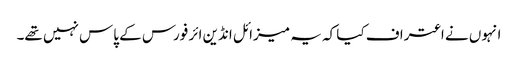
انہوں نے اعتراف کیا کہ یہ میزائل انڈین ائر فورس کے پاس نہیں تھے۔